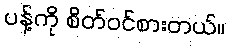
ပန့်ကို စိတ်ဝင်စားတယ်။